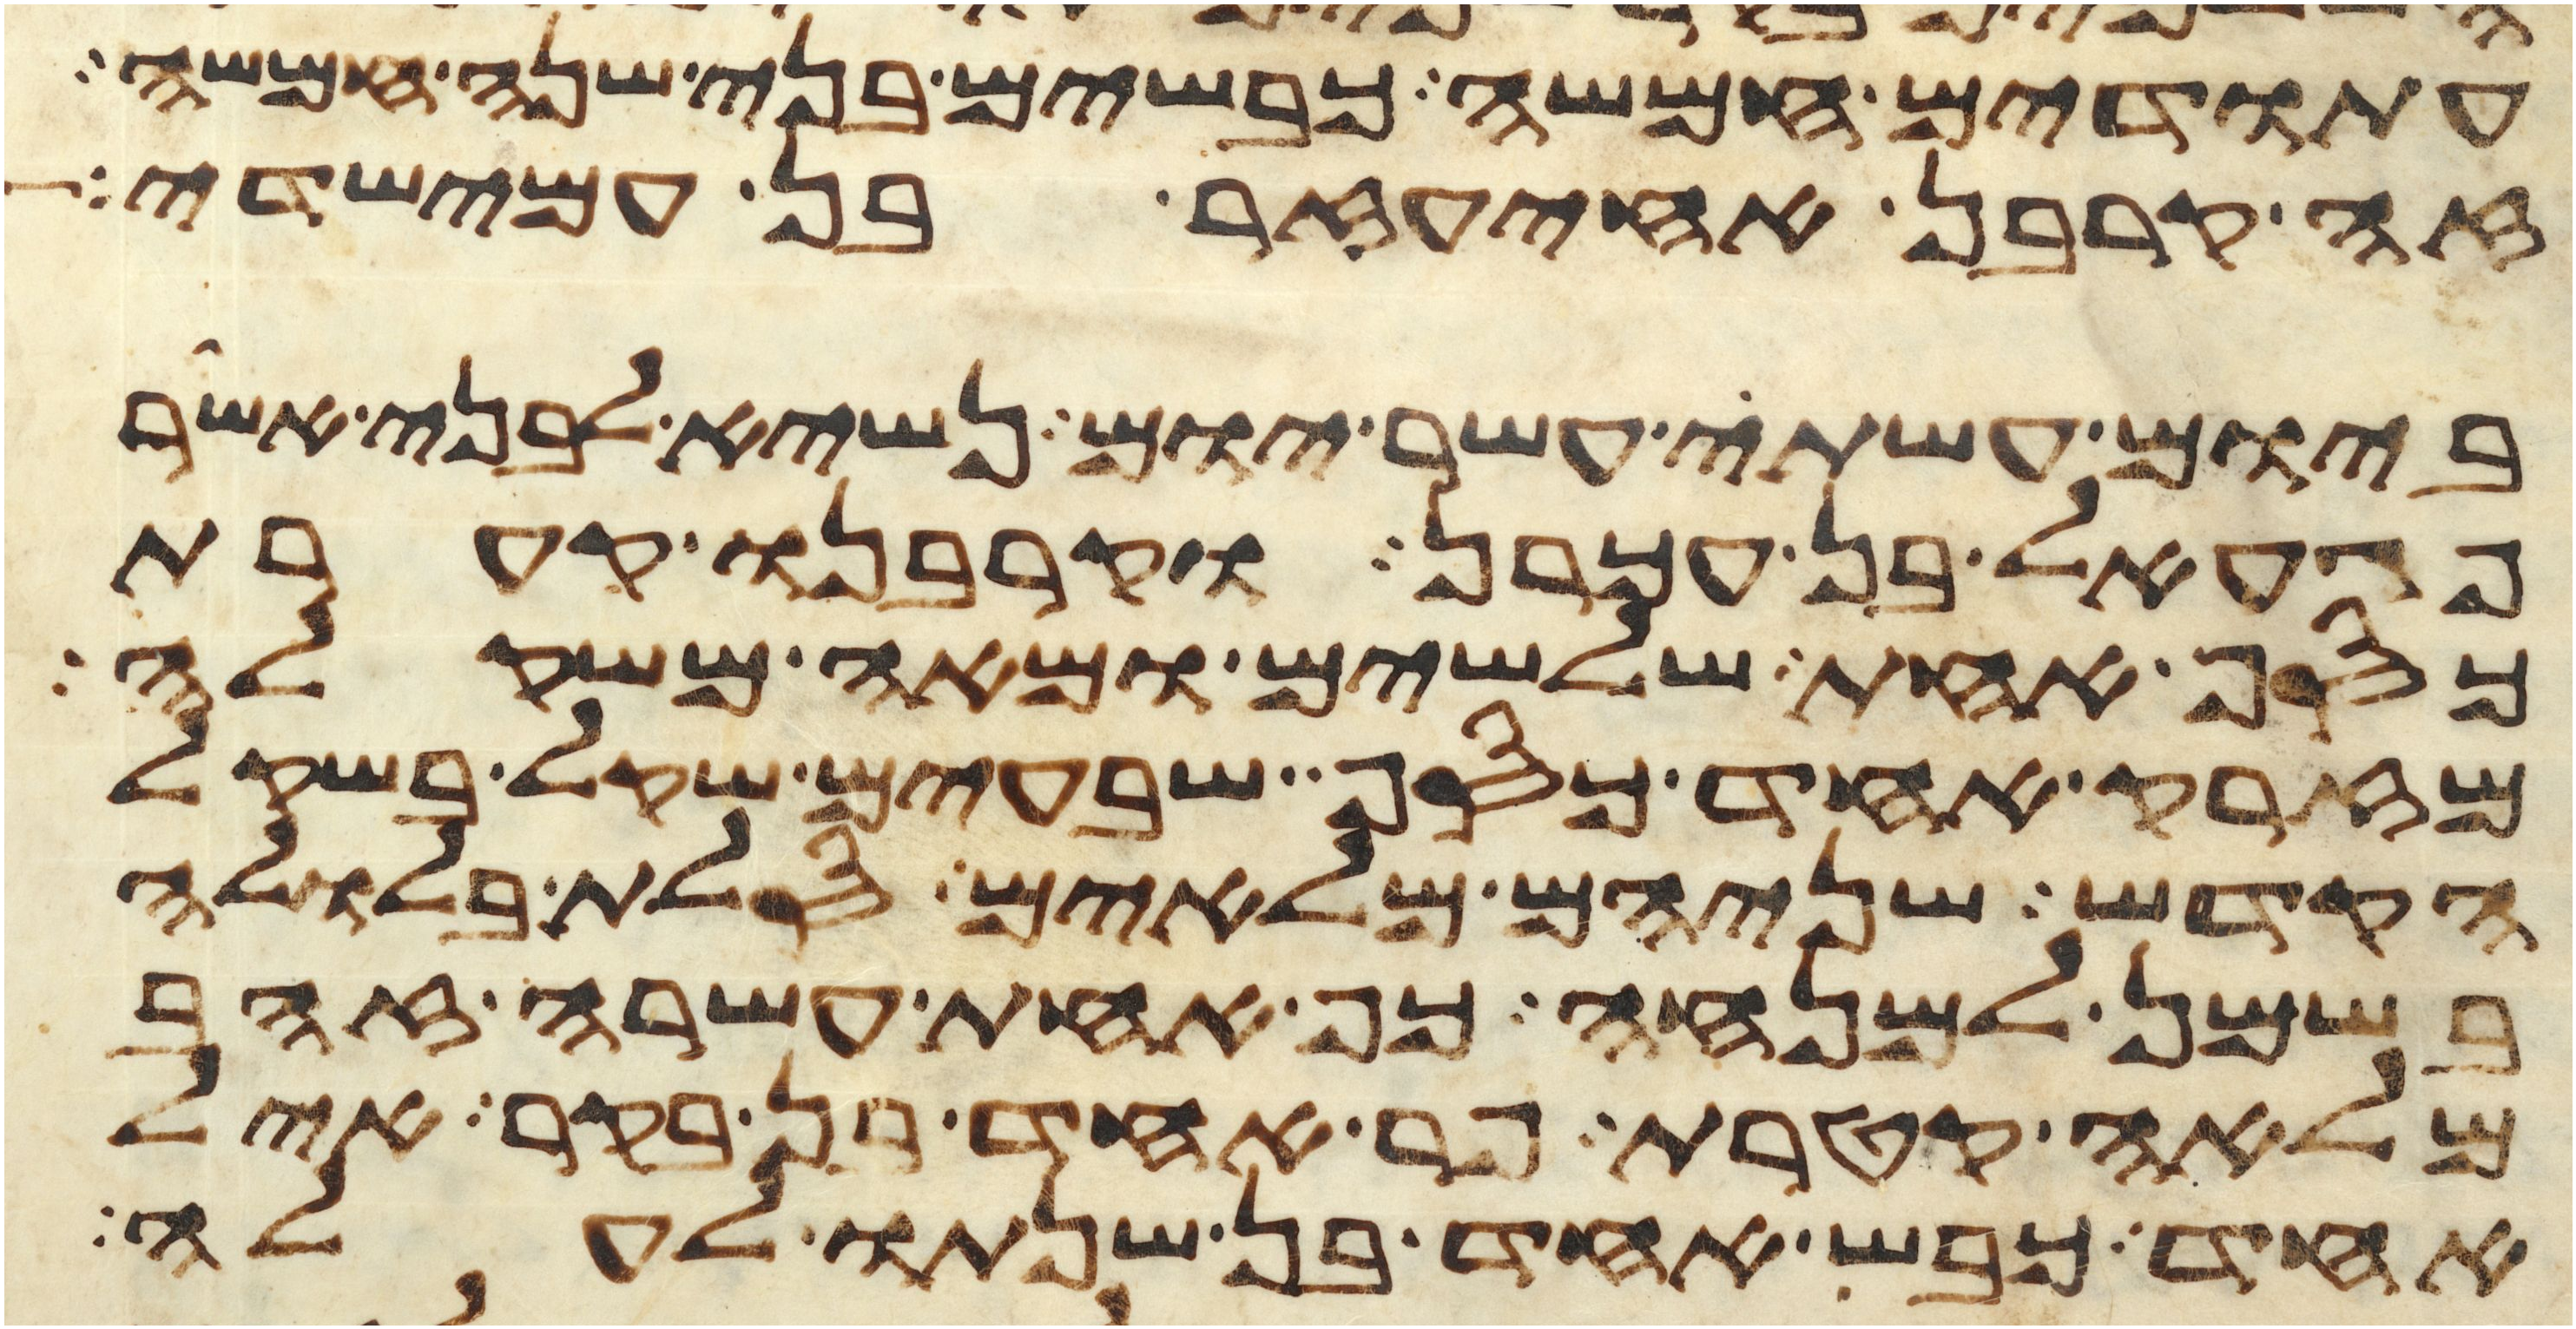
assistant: עתודים חמשה כבשים בני שנה חמשה
זה קרבן אחיעזר בן עמישדי
ביום עשתי עשר יום נשיא לבני אשר
פגעאל בן עכרן וקרבנו קערת
כסף אחת שלשים ומאה משקלה
מזרק אחד כסף שבעים שקל בשקל
הקדש שניהם מלאים סלת בלולה
בשמן למנחה כף אחת עשרה זהב
מלאה קטרת פר אחד בן בקר איל
אחד כבש אחד בן שנתו לעלה